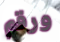
ورقم